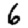
Digit: 6